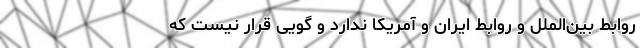
روابط بین‌الملل و روابط ایران و آمریکا ندارد و گویی قرار نیست که